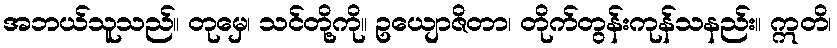
အဘယ်သူသည်။ တုမှေ၊ သင်တို့ကို။ ဥယျောဇိတာ၊ တိုက်တွန်းကုန်သနည်း။ ဣတိ၊